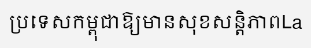
ប្រទេសកម្ពុជាឱ្យមានសុខសន្តិភាពLa